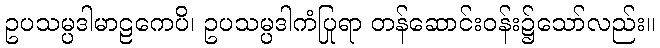
ဥပသမ္ပဒါမာဠကေပိ၊ ဥပသမ္ပဒါကံပြုရာ တန်ဆောင်းဝန်း၌သော်လည်း။